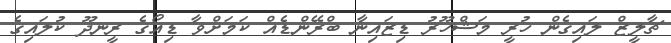
ޗާލީޒް ލައިގެން ހުރީ މަޝްހޫރު ޑިޒައިނާ ބްރޭންޑެއް ކަމަށްވާ ޑިއޯގެ ރީނދޫ ކުލައިގެ